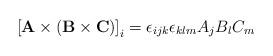
LaTeX: \begin{align*}\left[\mathbf{A}\times\left(\mathbf{B}\times\mathbf{C}\right)\right]_{i}=\epsilon_{ijk}\epsilon_{klm}A_{j}B_{l}C_{m}\end{align*}